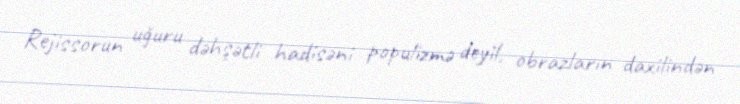
Rejissorun uğuru dəhşətli hadisəni populizmə deyil, obrazların daxilindən